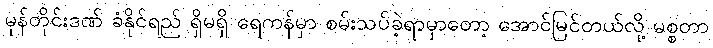
မုန်တိုင်းဒဏ် ခံနိုင်ရည် ရှိမရှိ ရေကန်မှာ စမ်းသပ်ခဲ့ရာမှာတော့ အောင်မြင်တယ်လို့ မစ္စတာ